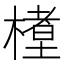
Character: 𬄊